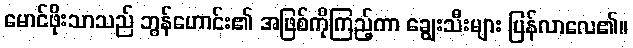
မောင်ဖိုးသာသည် ဘွန်ဟောင်း၏ အဖြစ်ကိုကြည့်ကာ ချွေးသီးများ ပြန်လာလေ၏။